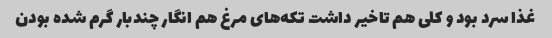
غذا سرد بود و کلی هم تاخیر داشت تکه‌های مرغ هم انگار چندبار گرم شده بودن